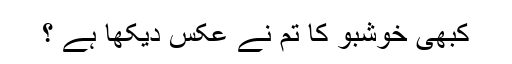
کبھی خوشبو کا تُم نے عکس دیکھا ہے ؟